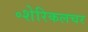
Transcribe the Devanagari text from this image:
॰शेरिकलचर